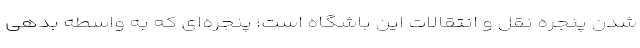
شدن پنجره نقل و انتقالات این باشگاه است؛ پنجره‌ای که به واسطه بدهی